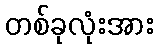
တစ်ခုလုံးအား